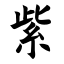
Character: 紫